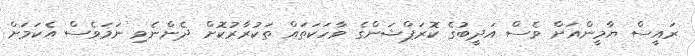
ރައީސް ޔާމީންއަށް ވެސް އަދީބުގެ ކޮރަޕްޝަންގެ ވާހަކަތައް ތަކުރާރުކޮށް ދެންނެވި ނަމަވެސް އެކަމަށް